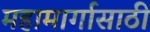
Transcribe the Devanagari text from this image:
महामार्गासाठी